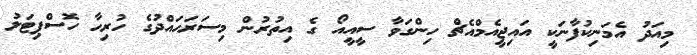
މިއަދު އެމަނިކުފާނަކީ އައިޖީއެމްއެޗް ހިންގަވާ ސީއީއޯ ގެ އިތުރުން މިސަރަހައްދުގެ ހުރިހާ ހޮސްޕިޓަލު